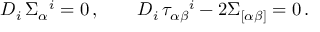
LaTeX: D _ { i } \, \Sigma _ { \alpha } { } ^ { i } = 0 \, , \qquad D _ { i } \, \tau _ { \alpha \beta } { } ^ { i } - 2 \Sigma _ { [ \alpha \beta ] } = 0 \, .